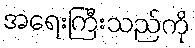
အရေးကြီးသည်ကို